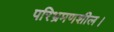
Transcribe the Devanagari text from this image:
परिभ्रमणशील।